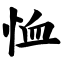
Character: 恤